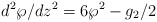
\begin{align*}d^2\wp/dz^2 = 6\wp^2-g_2/2 \end{align*}